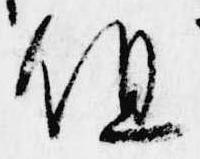
但